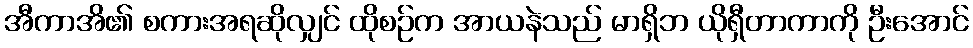
အီကာအိ၏ စကားအရဆိုလျှင် ထိုစဉ်က အာယနဲသည် မာရှိဘ ယိုရှီတာကာကို ဦးအောင်